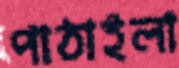
পাঠাইলা